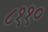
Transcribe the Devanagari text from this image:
८११०